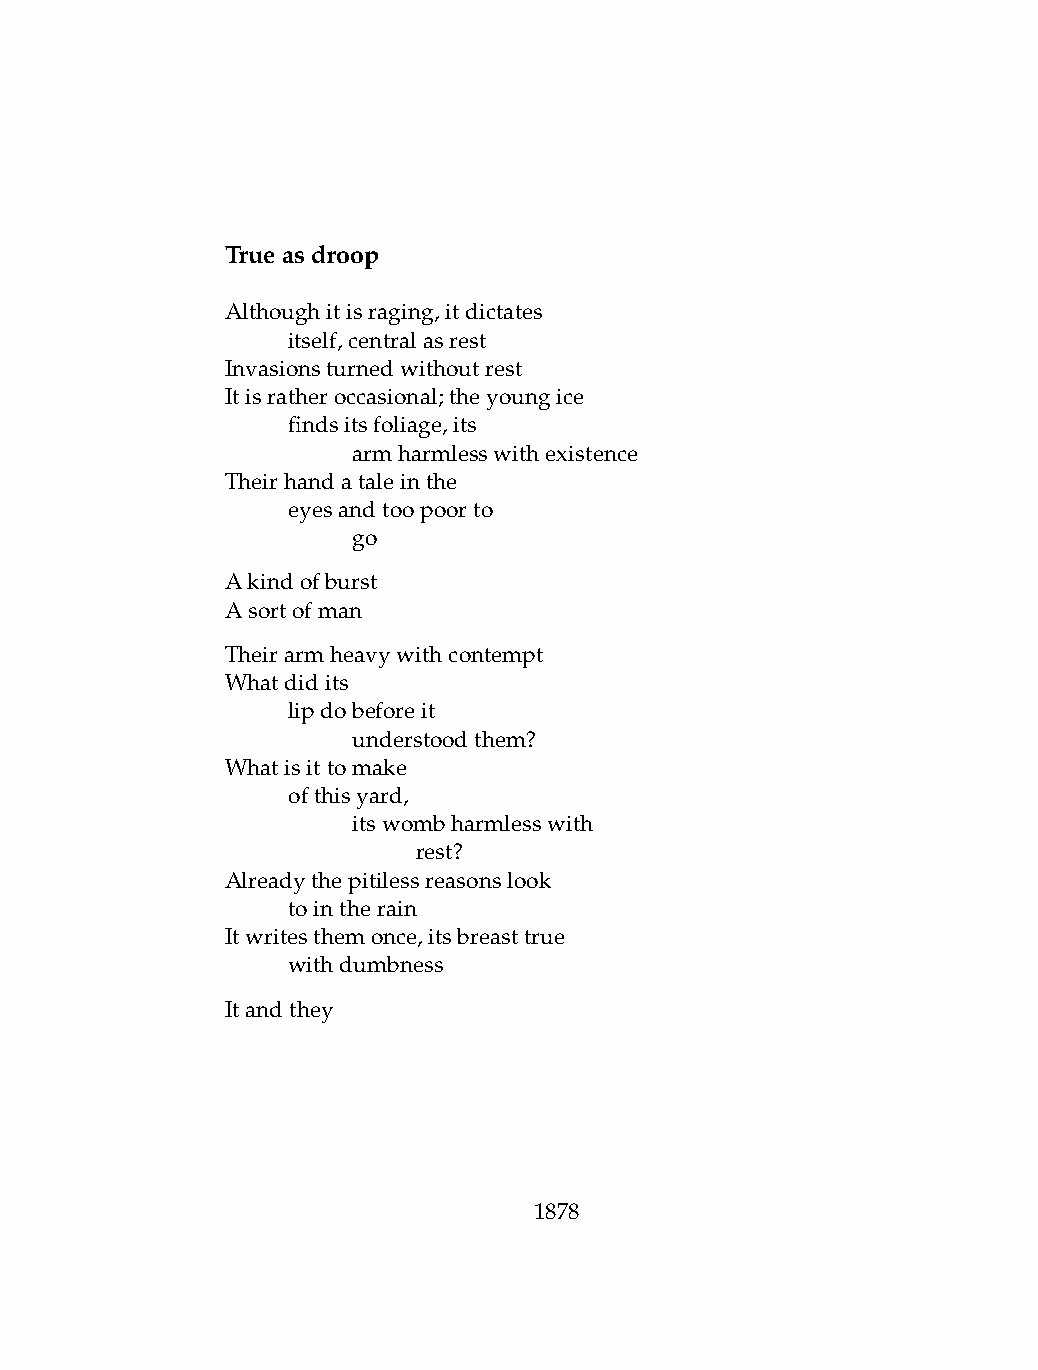
Trueasdroop
 Althoughitisraging,itdictates
 .   itself,centralasrest
 Invasionsturnedwithoutrest
 Itisratheroccasional;theyoungice
 .   findsitsfoliage,its
 .   .   armharmlesswithexistence
 Theirhandataleinthe
 .   eyesandtoopoorto
 .   .   go
 Akindofburst
 Asortofman
 Theirarmheavywithcontempt
 Whatdidits
 .   lipdobeforeit
 .   .   understoodthem?
 Whatisittomake
 .   ofthisyard,
 .   .   itswombharmlesswith
 .   .   .    rest?
 Alreadythepitilessreasonslook
 .   tointherain
 Itwritesthemonce,itsbreasttrue
 .   withdumbness
 Itandthey
 1878